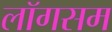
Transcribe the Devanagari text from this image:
लॉगसम